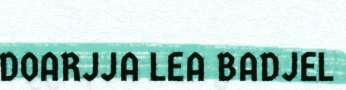
DOARJJA LEA BADJEL